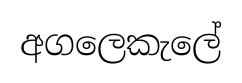
අගලෙකැලේ